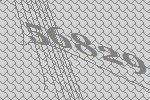
56829